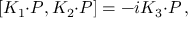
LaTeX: [ { \cal K } _ { 1 } { \cdot { \cal P } } , { \cal K } _ { 2 } { \cdot { \cal P } } ] = - i { \cal K } _ { 3 } { \cdot { \cal P } } \, ,